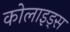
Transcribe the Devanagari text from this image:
कोलाइड्स